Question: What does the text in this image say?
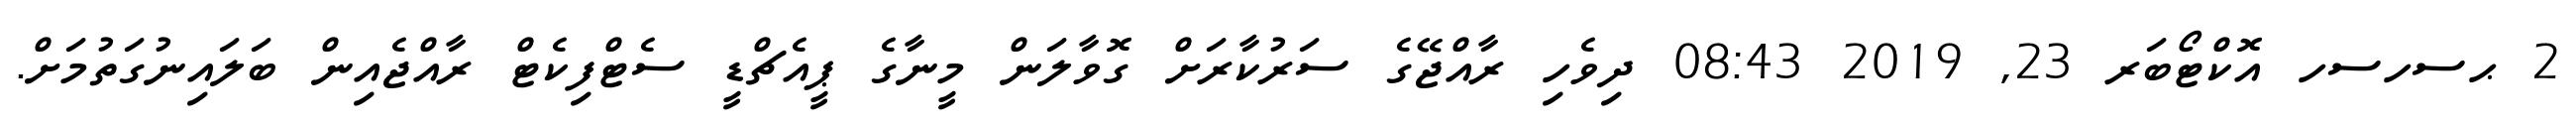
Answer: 2 ޙސހސހ އޮކްޓޯބަރ 23, 2019 08:43 ދިވެހި ރާއްޖޭގެ ސަރުކާރަށް ގޮވާލަން މީނާގެ ޕީއެޗްޑީ ސެޓްފިކެޓް ރާއްޖެއިން ބަލައިނުގަތުމަށް.